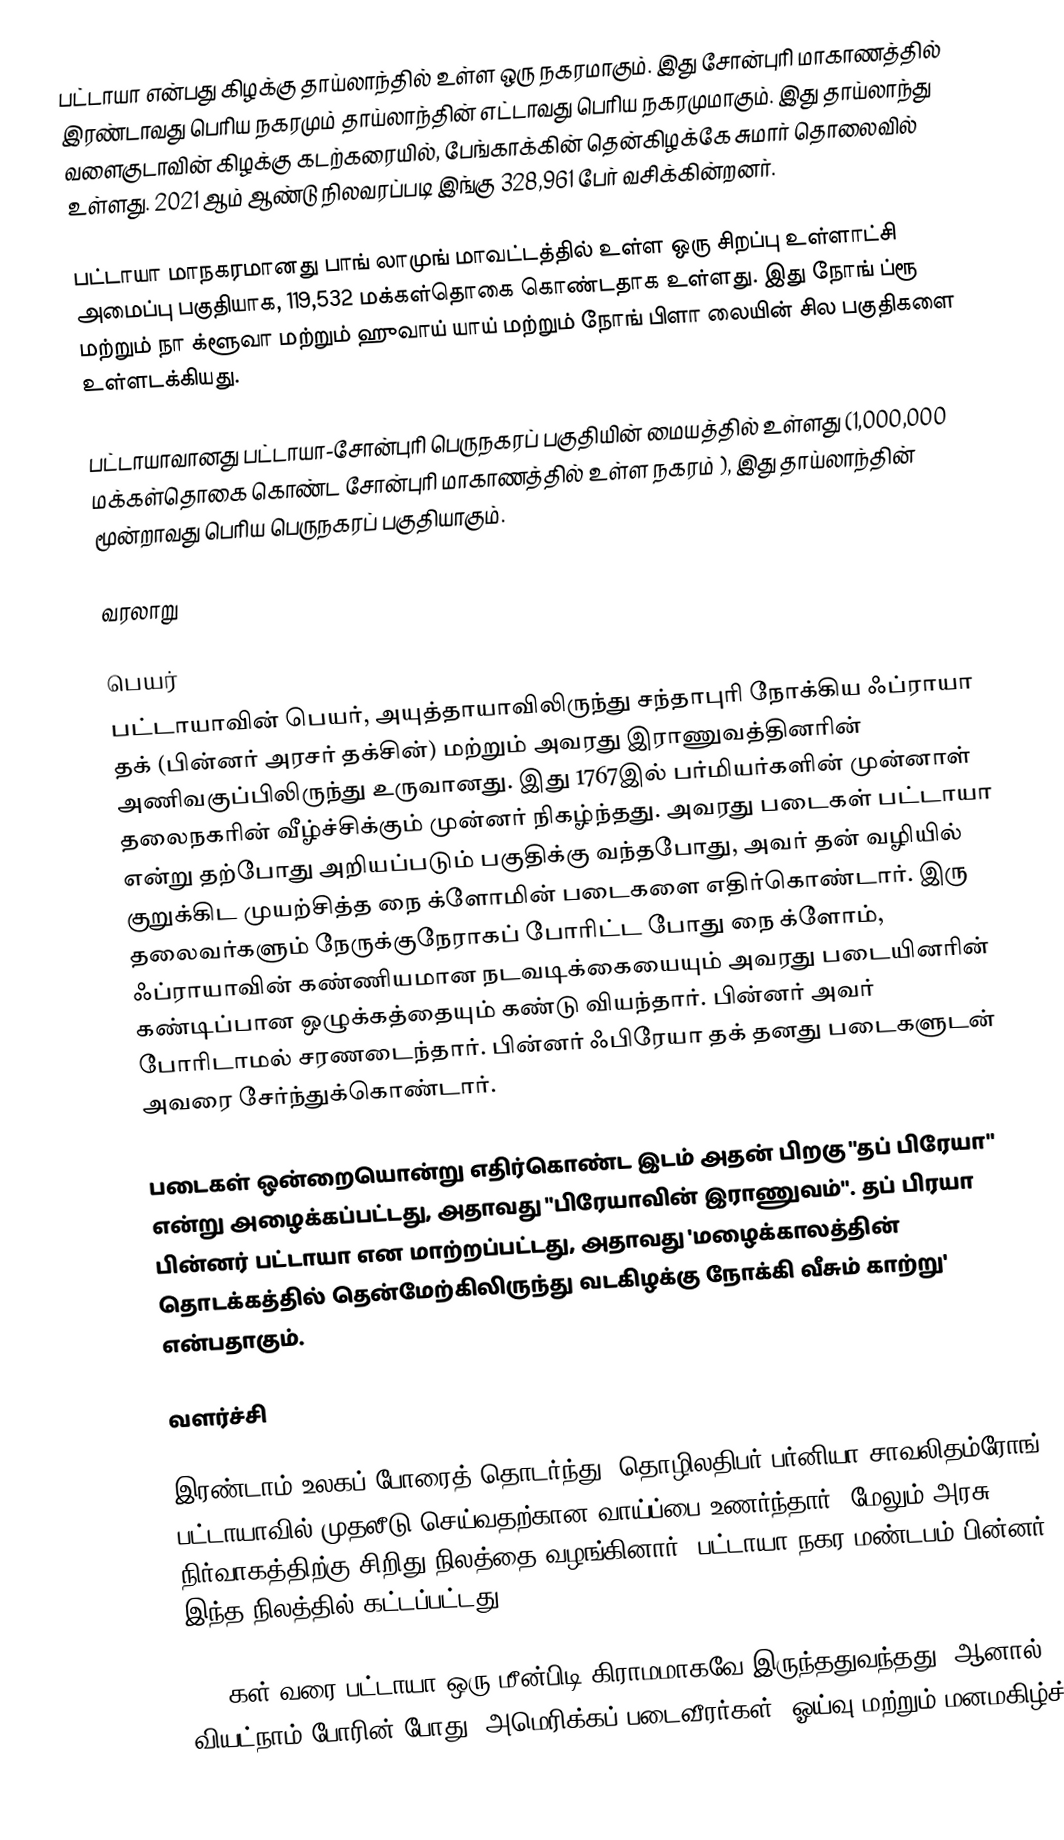
பட்டாயா  என்பது கிழக்கு தாய்லாந்தில் உள்ள ஒரு நகரமாகும். இது சோன்புரி மாகாணத்தில் இரண்டாவது பெரிய நகரமும் தாய்லாந்தின் எட்டாவது பெரிய நகரமுமாகும். இது தாய்லாந்து வளைகுடாவின் கிழக்கு கடற்கரையில், பேங்காக்கின் தென்கிழக்கே சுமார்  தொலைவில் உள்ளது. 2021 ஆம் ஆண்டு நிலவரப்படி இங்கு 328,961 பேர் வசிக்கின்றனர்.

பட்டாயா மாநகரமானது பாங் லாமுங் மாவட்டத்தில் உள்ள ஒரு சிறப்பு உள்ளாட்சி அமைப்பு பகுதியாக, 119,532 மக்கள்தொகை கொண்டதாக உள்ளது. இது நோங் ப்ரூ மற்றும் நா க்ளூவா மற்றும் ஹுவாய் யாய் மற்றும் நோங் பிளா லையின் சில பகுதிகளை உள்ளடக்கியது.

பட்டாயாவானது பட்டாயா-சோன்புரி பெருநகரப் பகுதியின் மையத்தில் உள்ளது (1,000,000 மக்கள்தொகை கொண்ட சோன்புரி மாகாணத்தில் உள்ள நகரம் ), இது தாய்லாந்தின் மூன்றாவது பெரிய பெருநகரப் பகுதியாகும்.

வரலாறு

பெயர்
பட்டாயாவின் பெயர், அயுத்தாயாவிலிருந்து சந்தாபுரி நோக்கிய ஃப்ராயா தக் (பின்னர் அரசர் தக்சின்) மற்றும் அவரது இராணுவத்தினரின் அணிவகுப்பிலிருந்து உருவானது. இது 1767இல் பர்மியர்களின் முன்னாள் தலைநகரின் வீழ்ச்சிக்கும் முன்னர் நிகழ்ந்தது. அவரது படைகள் பட்டாயா என்று தற்போது அறியப்படும் பகுதிக்கு வந்தபோது, அவர் தன் வழியில் குறுக்கிட முயற்சித்த நை க்ளோமின் படைகளை எதிர்கொண்டார். இரு தலைவர்களும் நேருக்குநேராகப் போரிட்ட போது நை க்ளோம், ஃப்ராயாவின் கண்ணியமான நடவடிக்கையையும் அவரது படையினரின் கண்டிப்பான ஒழுக்கத்தையும் கண்டு வியந்தார். பின்னர் அவர் போரிடாமல் சரணடைந்தார். பின்னர் ஃபிரேயா தக் தனது படைகளுடன் அவரை சேர்ந்துக்கொண்டார்.

படைகள் ஒன்றையொன்று எதிர்கொண்ட இடம் அதன் பிறகு "தப் பிரேயா" என்று அழைக்கப்பட்டது, அதாவது "பிரேயாவின் இராணுவம்".  தப் பிரயா பின்னர் பட்டாயா என மாற்றப்பட்டது, அதாவது 'மழைக்காலத்தின் தொடக்கத்தில் தென்மேற்கிலிருந்து வடகிழக்கு நோக்கி வீசும் காற்று' என்பதாகும்.

வளர்ச்சி

இரண்டாம் உலகப் போரைத் தொடர்ந்து, தொழிலதிபர் பர்னியா சாவலிதம்ரோங் பட்டாயாவில் முதலீடு செய்வதற்கான வாய்ப்பை உணர்ந்தார். மேலும் அரசு நிர்வாகத்திற்கு சிறிது நிலத்தை வழங்கினார். பட்டாயா நகர மண்டபம் பின்னர் இந்த நிலத்தில் கட்டப்பட்டது.

1960கள் வரை பட்டாயா ஒரு மீன்பிடி கிராமமாகவே இருந்ததுவந்தது. ஆனால்   வியட்நாம் போரின் போது, அமெரிக்கப் படைவீரர்கள்  (ஓய்வு மற்றும் மனமகிழ்ச்